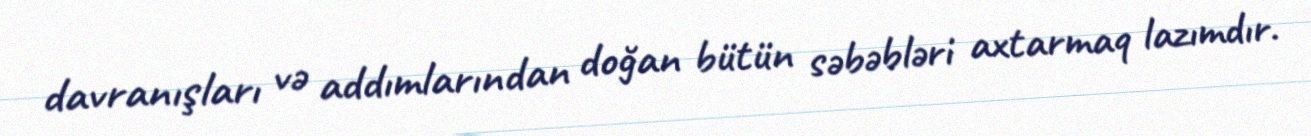
davranışları və addımlarından doğan bütün səbəbləri axtarmaq lazımdır.